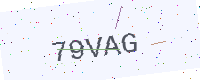
Text: 79VAG